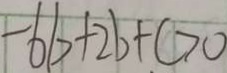
- 6 b + 2 b + c > 0